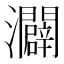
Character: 𪸌